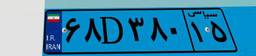
۰۹D۱۰۶۲۰